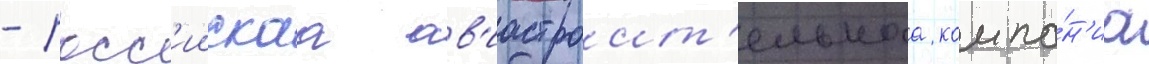
- росс'иискаа ав'иастроит'ельнаа компа́н'иа